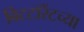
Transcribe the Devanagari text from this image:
बिटटॉरेंटच्या